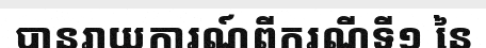
បានរាយការណ៍ពីករណីទី១ នៃ